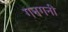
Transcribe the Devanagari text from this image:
गनगनी